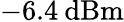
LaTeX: -6.4\: \mathrm{dBm}